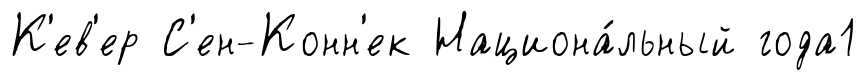
К'ев'ер С'ен-Конн'ек Национа́льный года1